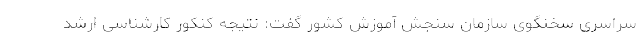
سراسری سخنگوی سازمان سنجش آموزش کشور گفت: نتیجه کنکور کارشناسی ارشد